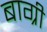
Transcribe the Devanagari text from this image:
बाग्री